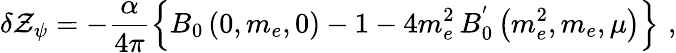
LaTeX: \delta\mathcal{Z}_{\psi}=-\frac{{\alpha}}{{4\pi}}\left\{ B_{0}\left(0,m_{e},0\right)-1-4m_{e}^{2}\, B_{0}^{'}\left(m_{e}^{2},m_{e},\mu\right)\right\} \, \, ,